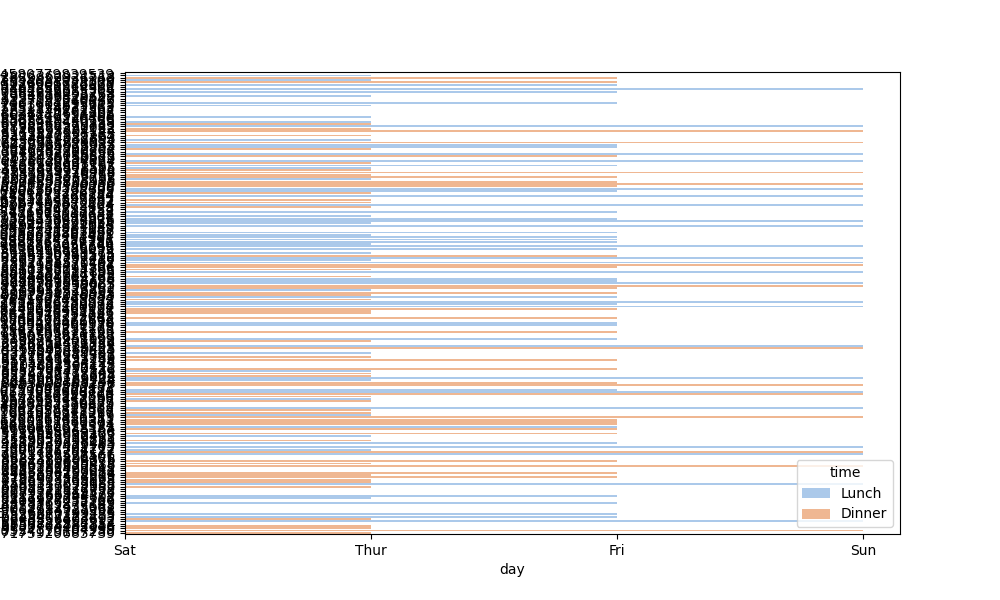
python, seaborn, barplot, hue='time', palette='pastel', ci=95, orient='h'